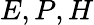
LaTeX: E,P,H